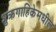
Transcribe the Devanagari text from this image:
शुक्रगाहिकेमधील